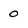
Character: 0